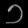
Digit: ၁